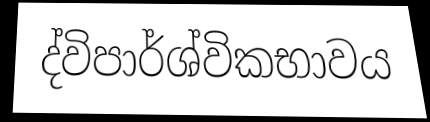
ද්විපාර්ශ්විකභාවය